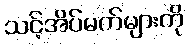
သင့်အိပ်မက်များကို